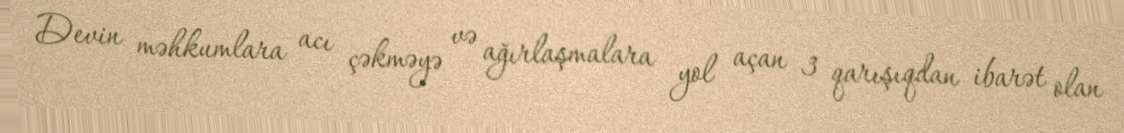
Devin məhkumlara acı çəkməyə və ağırlaşmalara yol açan 3 qarışıqdan ibarət olan